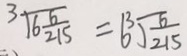
\sqrt [ 3 ] { 6 \frac { 6 } { 2 1 5 } } = 6 \sqrt [ 3 ] { \frac { 6 } { 2 1 5 } }